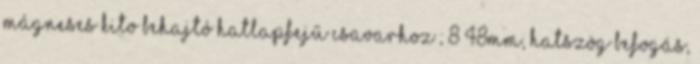
mágneses Kito behajtó hatlapfejű csavarhoz ; 8×48mm, hatszög befogás,